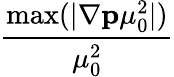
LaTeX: \frac{\operatorname*{max}(|\nabla{\mathbf{p}}\mu_{0}^{2}|)}{\mu_{0}^{2}}